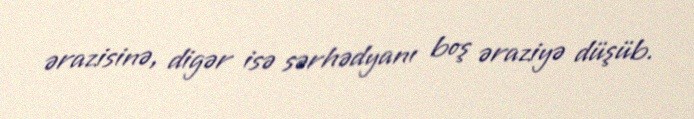
ərazisinə, digər isə sərhədyanı boş əraziyə düşüb.